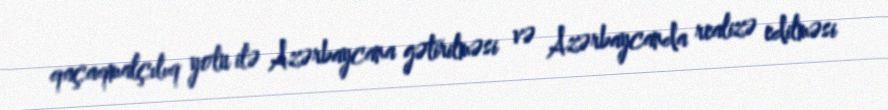
qaçaqmalçılıq yolu ilə Azərbaycana gətirilməsi və Azərbaycanda realizə edilməsi